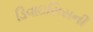
ડિવાઇસિસની